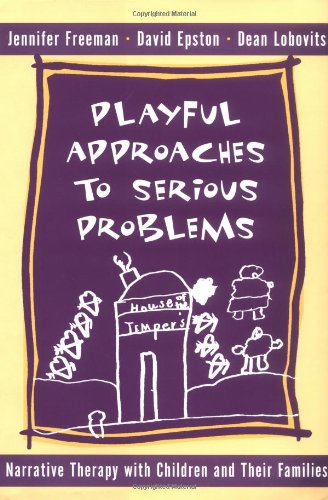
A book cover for Playful Approaches to Serious Problems: Narrative Therapy with Children and their Families (Norton Professional Books); David Epston; Health, Fitness & Dieting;